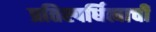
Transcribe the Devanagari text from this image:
प्रतिस्पर्धित्वाची